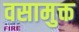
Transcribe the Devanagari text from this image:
वसामुक्त